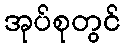
အုပ်စုတွင်